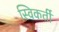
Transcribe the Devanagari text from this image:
स्विकर्ती